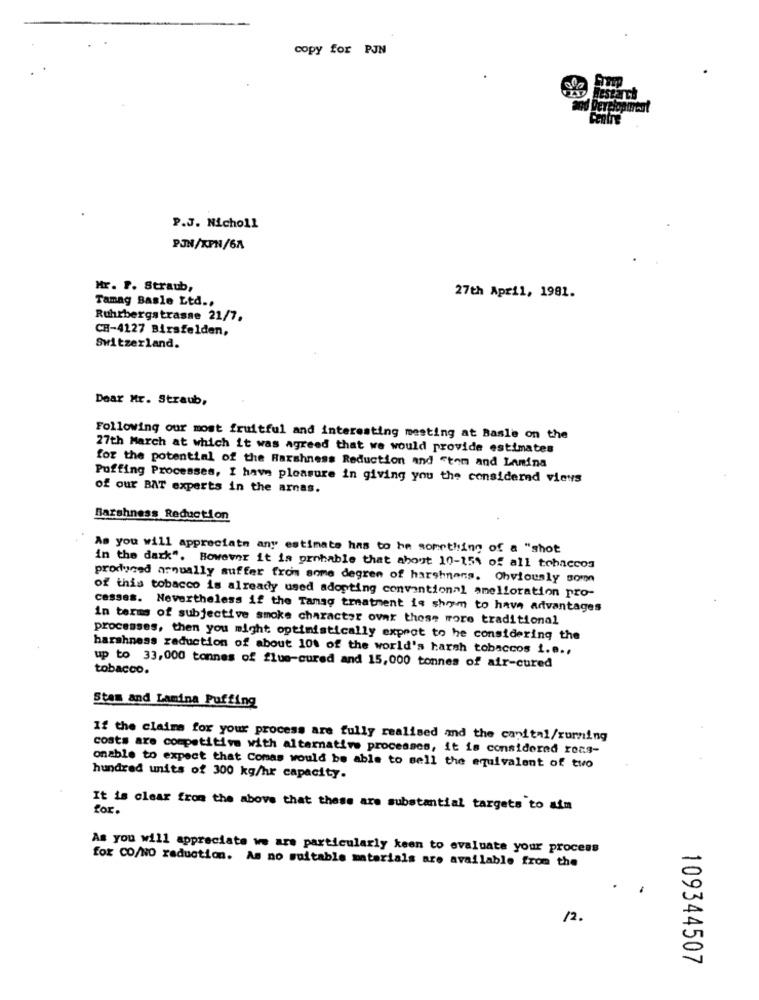
copy for PJN
Research
P.J. Nicholl
PJN/KPN/6A
Mr. P. Straub,
Tamag Basle Ltd .,
27th April, 1981.
Ruhrbergstrasse 21/7.
CH-4127 Birsfelden,
Switzerland.
Dear Mr. Straub,
Following our most fruitful and interesting mesting at Basle on the
27th March at which it was agreed that we would provide estimates
for the potential of the Harshness Reduction and "tom and Lamina
Puffing Processes, I have pleasure in giving you the considered views
of our BAT experts in the arnas.
Barshness Reduction
As you will appreciate any estimate has to be something of a "shot
in the dark". However it is probable that about 10-15% of all tobaccos
produced arnually suffer from some degree of harshnens. Obviously som
of this tobacco is already used adopting conventional amelioration pro-
casses. Nevertheless if the Tamsg treatment is shm to have advantages
in terms of subjective smoke character over these more traditional
processes, then you might optimistically expnot to he considering the
harshness reduction of about 10% of the world's harsh tobaccos i.e .,
up to 33,000 tonnes of flue-cured and 15,000 tonnes of air-cured
tobacco.
Stam and Lamina Puffing
If the claims for your process are fully realised and the capital/xurning
costs are competitive with alternative processes, it is considered rocs-
onable to expect that Comas would be able to sell the equivalent of two
hundred units of 300 kg/hr capacity.
It is clear from the above that these are substantial targets to aim
for.
As you will appreciate we are particularly keen to evaluate your process
fox CO/NO raduction. As no suitable materials are available from the
12.
109344507